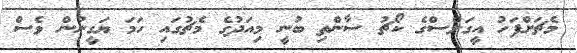
މެޗަށްފަހު އީގަލްސްގެ ކޯޗު ސާންތި ބުނީ މިއަދުގެ މެޗުގައި ހަމަ ޔަގީނުން ވެސް